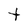
Character: t